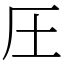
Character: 圧